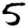
Digit: 5